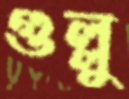
গুল্লু